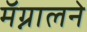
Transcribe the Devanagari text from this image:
मॅग्नालने